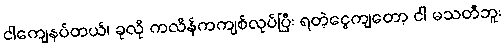
ငါကျေနပ်တယ်၊ ခုလို ကလိန်ကကျစ်လုပ်ပြီး ရတဲ့ငွေကျတော့ ငါ မသတီဘူး